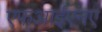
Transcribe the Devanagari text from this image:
एफआईएनए